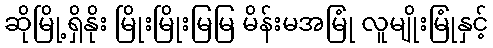
ဆိုမြို့ရှိနိုး မြိုးမြိုးမြမြ မိန်းမအမြုံ လူမျိုးမြုံနှင့်